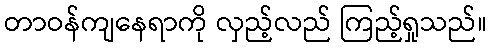
တာဝန်ကျနေရာကို လှည့်လည် ကြည့်ရှုသည်။